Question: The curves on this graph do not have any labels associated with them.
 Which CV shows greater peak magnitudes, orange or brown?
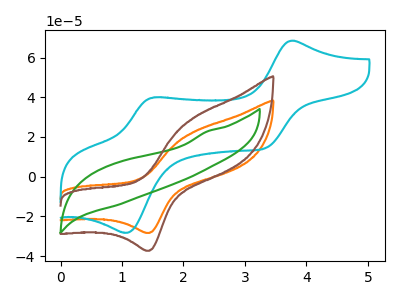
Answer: <think>The orange curve "orange" has an anodic peak at (2.20V, 22.80uA) and a cathodic peak at (1.45V, -28.30uA). The cyan curve "cyan" has anodic peaks at (3.75V, 68.50uA) (1.50V, 39.95uA) and cathodic peaks at (3.35V, 14.50uA) (1.05V, -28.25uA). The green curve "green" has no peaks. The brown curve "brown" has an anodic peak at (2.20V, 30.05uA) and a cathodic peak at (1.45V, -37.30uA).</think>
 <answer>Every peak in "orange" is lower than every peak in "brown".</answer>
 <eval>lower</eval>